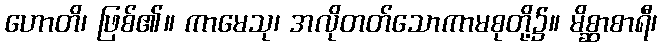
ဟောတိ၊ ဖြစ်၏။ ကာမေသု၊ အလိုတတ်သောကာမစုတို့၌။ မိစ္ဆာစာရီ၊